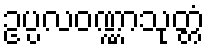
ဥပ္ပလဝဏ္ဏာသုတ္တံ